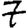
Digit: 7